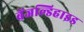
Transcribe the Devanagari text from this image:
बेंजल्डिहाइड